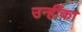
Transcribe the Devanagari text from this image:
उन्हींका